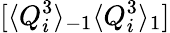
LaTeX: [\langle Q_{i}^{3}\rangle_{-1}\langle Q_{i}^{3}\rangle_{1}]